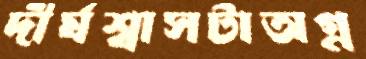
দীর্ঘশ্বাসটাঅগ্ন